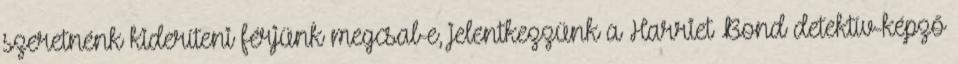
szeretnénk kideríteni férjünk megcsal-e, jelentkezzünk a Harriet Bond detektív-képző